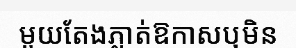
មួយតែងភ្លាត់ឱកាសឬមិន